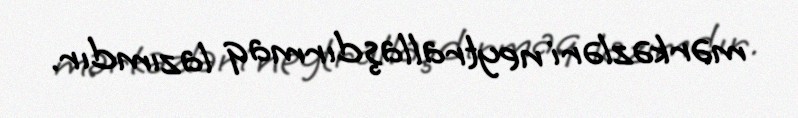
mərkəzləri neytrallaşdırmaq lazımdır.